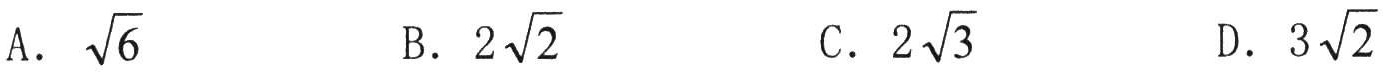
A. $\sqrt{6}$  B. $2\sqrt{2}$  C. $2\sqrt{3}$  D. $3\sqrt{2}$